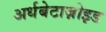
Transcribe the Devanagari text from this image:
अर्धबेटाज़ोइड